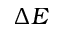
\Delta \cal E